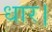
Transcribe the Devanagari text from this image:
धार।